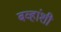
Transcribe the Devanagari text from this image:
बव्हांशी